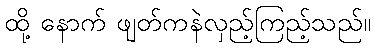
ထို့ နောက် ဖျတ်ကနဲလှည့်ကြည့်သည်။